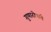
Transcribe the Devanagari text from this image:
गुणारोपांचे